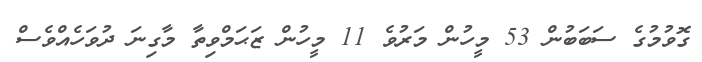
ގޮވުމުގެ ސަބަބުން 53 މީހުން މަރުވެ 11 މީހުން ޒަޙަމްވިތާ މާގިނަ ދުވަހެއްވެސް